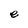
Character: e